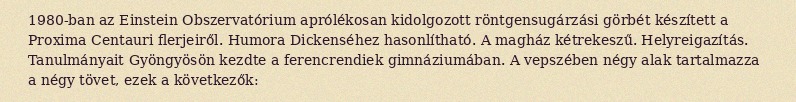
1980-ban az Einstein Obszervatórium aprólékosan kidolgozott röntgensugárzási görbét készített a Proxima Centauri flerjeiről. Humora Dickenséhez hasonlítható. A magház kétrekeszű. Helyreigazítás. Tanulmányait Gyöngyösön kezdte a ferencrendiek gimnáziumában. A vepszében négy alak tartalmazza a négy tövet, ezek a következők: